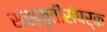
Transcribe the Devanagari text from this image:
संस्कृतीसंपर्क